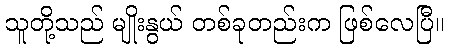
သူတို့သည် မျိုးနွယ် တစ်ခုတည်းက ဖြစ်လေပြီ။